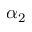
\alpha _ { 2 }